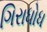
ગિરાધોધ